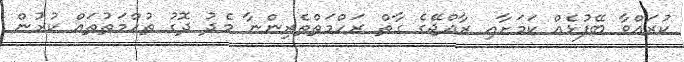
ކުރައްވާ ބޭފުޅެއް ކަމަށާއި ރާއްޖޭގެ ގާތް ރަހްމަތްތެރިންނާ މެދު ދޮގު ތުހްމަތުތައް ކުރުން